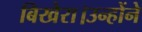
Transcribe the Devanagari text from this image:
बिखेरा।उन्होंने